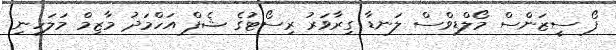
ފޯ ސީޒަންސް މޯލްޑިވްސް ލަނޑާ ގިރާވަރު ރިސޯޓުގެ ޝެފް އަހްމަދު މާޒިމް މަލަހިނި